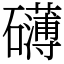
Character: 礴